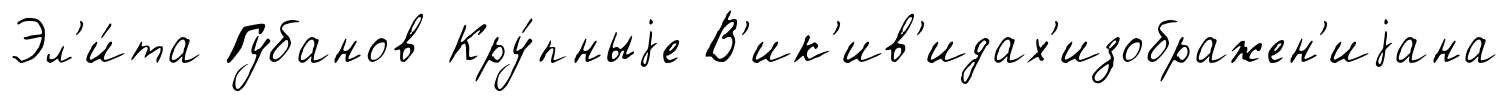
Эл'и́та Губанов Кру́пныjе В'ик'ив'идах'изображен'иjана